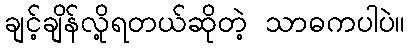
ချင့်ချိန်လို့ရတယ်ဆိုတဲ့ သာဓကပါပဲ။